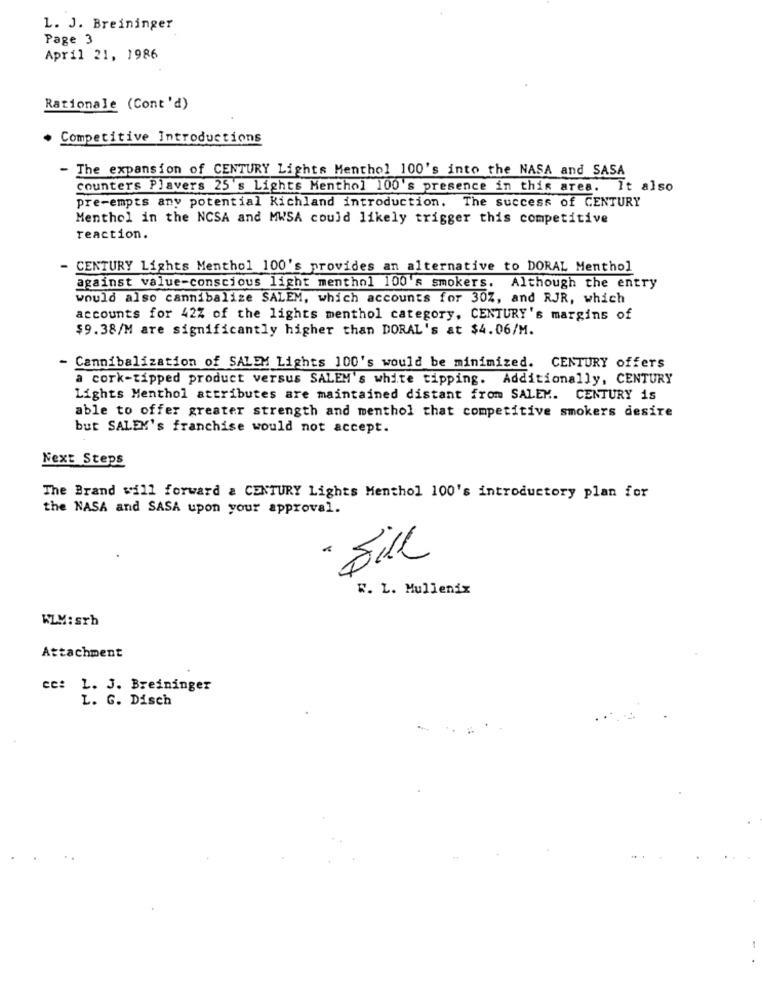
1. J. Breininger
Page 3
April 21, 1986
Rationale (Cont'd)
. Competitive Introductions
- The expansion of CENTURY Lights Menthol 100's into the NASA and SASA
counters Plavers 25's Lights Menthol 100's presence in this area. It also
pre-empts any potential Richland introduction. The success of CENTURY
Menthol in the NCSA and MWSA could likely trigger this competitive
reaction.
- CENTURY Lights Menthol 100's provides an alternative to DORAL Menthol
against value-conscious light menthol 100's smokers. Although the entry
would also cannibalize SALEM, which accounts for 30Z, and RJR, which
accounts for 42% of the lights menthol category, CENTURY's margins of
$9.38/M are significantly higher than DORAL's at $4.06/M.
- Cannibalization of SALEM Lights 100's would be minimized. CENTURY offers
a cork-tipped product versus SALEM's white tipping. Additionally, CENTURY
Lights Menthol attributes are maintained distant from SALEM. CENTURY 15
able to offer greater strength and menthol that competitive smokers desire
but SALEM's franchise would not accept.
Next Steps
The Brand will forward a CENTURY Lights Menthol 100's introductory plan for
the NASA and SASA upon your approval.
" fill
W. L. Mullenix
WLM:srh
Attachment
cc: 1. J. Breininger
L. G. Disch